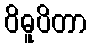
ဝိဓူပိတာ